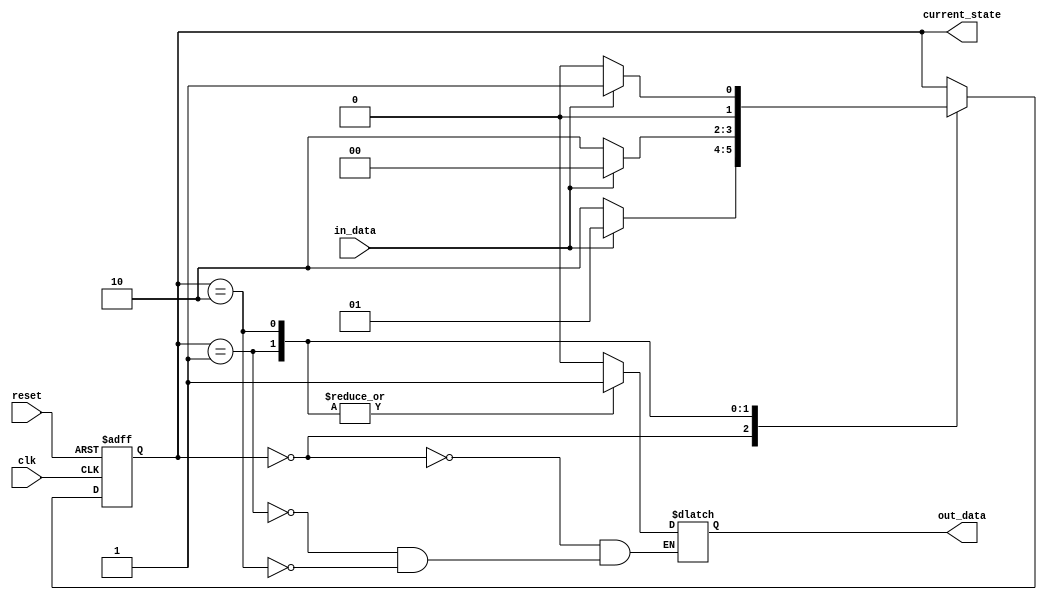
module moore_state_machine (
    input clk,
    input reset,
    input in_data,
    output reg out_data,
    output reg [1:0] current_state
);

// Define states
parameter S0 = 2'b00;
parameter S1 = 2'b01;
parameter S2 = 2'b10;

// State register
always @(posedge clk or posedge reset) begin
    if (reset) begin
        current_state <= S0;
    end else begin
        case (current_state)
            S0: begin
                if (in_data) begin
                    current_state <= S1;
                end else begin
                    current_state <= S2;
                end
            end
            S1: begin
                if (~in_data) begin
                    current_state <= S2;
                end else begin
                    current_state <= S0;
                end
            end
            S2: begin
                if (in_data) begin
                    current_state <= S1;
                end else begin
                    current_state <= S0;
                end
            end
        endcase
    end
end

// Output generation
always @(current_state) begin
    case (current_state)
        S0: begin
            out_data <= 1'b0;
        end
        S1: begin
            out_data <= 1'b1;
        end
        S2: begin
            out_data <= 1'b1;
        end
    endcase
end

endmodule